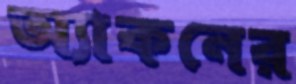
অ্যাকনের